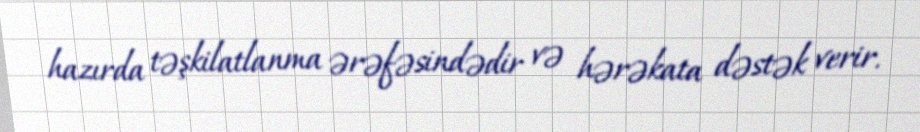
hazırda təşkilatlanma ərəfəsindədir və hərəkata dəstək verir.